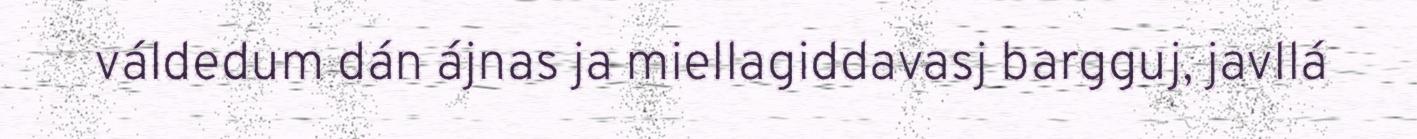
váldedum dán ájnas ja miellagiddavasj bargguj, javllá